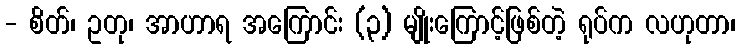
- စိတ်၊ ဥတု၊ အာဟာရ အကြောင်း (၃) မျိုးကြောင့်ဖြစ်တဲ့ ရုပ်က လဟုတာ၊